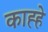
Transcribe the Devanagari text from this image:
काह्हे